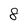
Character: 8